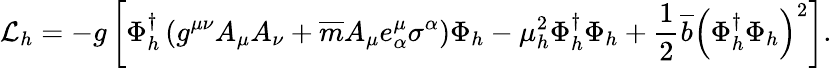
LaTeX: {\cal L}_{h}=-g\left[\Phi_{h}^{\dagger}\left(g^{\mu\nu}A_{\mu}A_{\nu}+\overline{{{m}}}A_{\mu}e_{\alpha}^{\mu}\sigma^{\alpha}\right)\Phi_{h}-\mu_{h}^{2}\Phi_{h}^{\dagger}\Phi_{h}+\frac{1}{2}\overline{{{b}}}\left(\Phi_{h}^{\dagger}\Phi_{h}\right)^{2}\right].